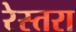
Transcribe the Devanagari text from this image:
रेस्तरा